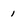
Character: 1